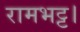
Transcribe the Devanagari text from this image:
रामभट्ट।